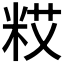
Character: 𮇗